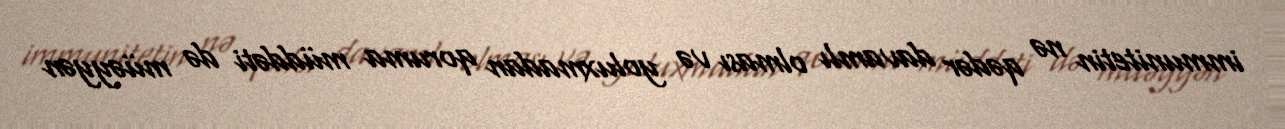
immunitetin nə qədər davamlı olması və yoluxmadan qoruma müddəti də müəyyən